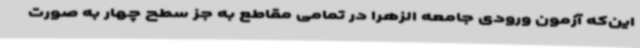
این‌که آزمون ورودی جامعه الزهرا در تمامی مقاطع به جز سطح چهار به صورت